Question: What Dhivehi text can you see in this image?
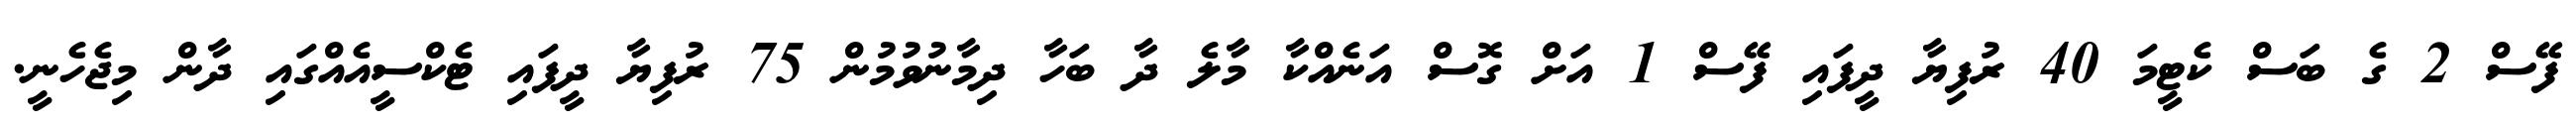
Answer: ފޭސް 2 ގެ ބަސް ކެޓީމަ 40 ރުފިޔާ ދީފައި ފޭސް 1 އަށް ގޮސް އަނެއްކާ މާލެ ދާ ބަހާ ދިމާނުވުމުން 75 ރުފިޔާ ދީފައި ޓެކްސީއެއްގައި ދާން މިޖެހެނީ.